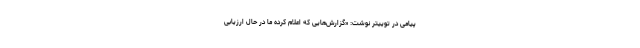
پیامی در توییتر نوشت: «گزارش‌هایی که اعلام کرده ما در حال ارزیابی